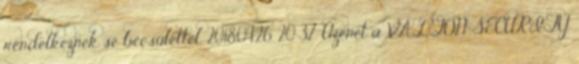
rendelkeznek se becsülettel. 2018.04.26. 20:37 Üzenet a VALTON SECURITY